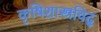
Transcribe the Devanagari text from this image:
कृषिशास्त्रविद्